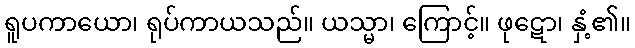
ရူပကာယော၊ ရုပ်ကာယသည်။ ယသ္မာ၊ ကြောင့်။ ဖုဋော၊ နှံ့၏။